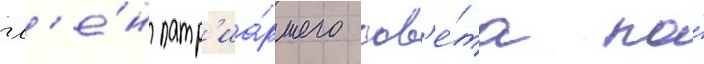
чл'е́н патр'иа́ршего сов'е́та по́